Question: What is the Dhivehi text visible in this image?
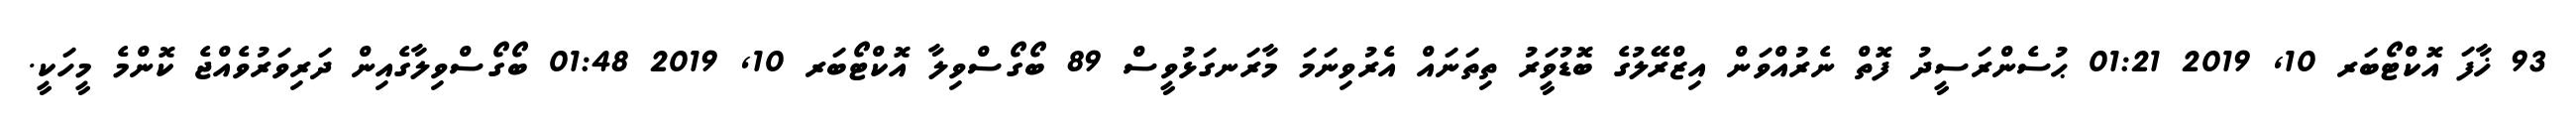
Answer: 93 ޚާފަ އޮކްޓޯބަރ 10, 2019 01:21 ޙުސެންރަސީދު ފޮތް ނެރުއްވަން އިޒްރޭލުގެ ބޮޑުވަީރު ތިތަނައް އެރުވިނަމަ މާރަނގަޅުވީސް 89 ބޯގޯސްވިލާ އޮކްޓޯބަރ 10, 2019 01:48 ބޯގޯސްވިލާގެއިން ދަރިވަރުވެއްޖެ ކޮންމެ މީހަކީ.